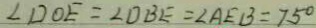
\angle D O E = \angle D B E = \angle A E B = 7 5 ^ { \circ }